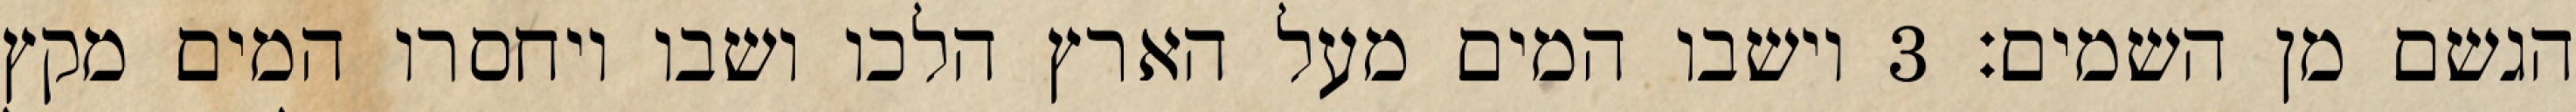
הגשם מן השמים׃ ‎3‏ וישבו המים מעל הארץ הלכו ושבו ויחסרו המים מקץ